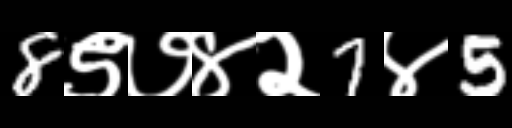
Text: 8९७४२7४5